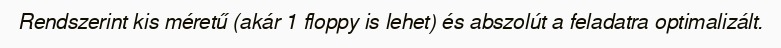
Rendszerint kis méretű (akár 1 floppy is lehet) és abszolút a feladatra optimalizált.